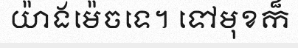
យ៉ាងម៉េចទេ។ ទៅមុខក៏